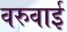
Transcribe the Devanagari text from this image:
वरुवाई